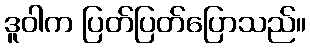
ဒူဝါက ပြတ်ပြတ်ပြောသည်။